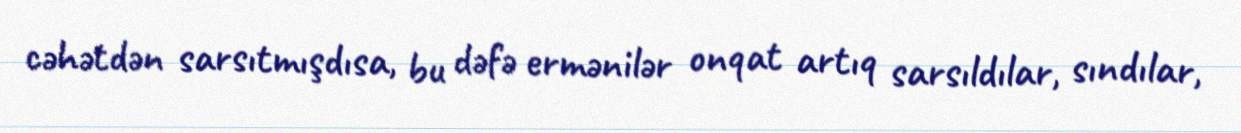
cəhətdən sarsıtmışdısa, bu dəfə ermənilər onqat artıq sarsıldılar, sındılar,